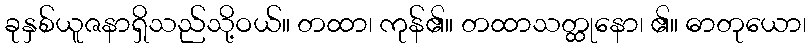
ခုနှစ်ယူဇနာရှိသည်သို့ဝယ်။ တထာ၊ ကုန်၏။ တထာသတ္ထုနော၊ ၏။ ဓာတုယော၊